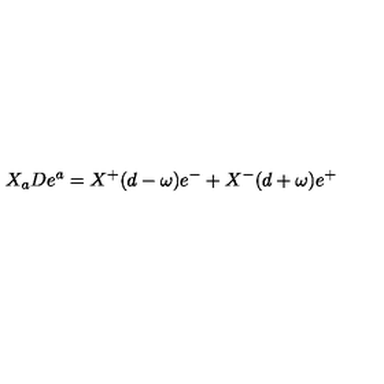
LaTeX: X _ { a } D e ^ { a } = X ^ { + } ( d - \omega ) e ^ { - } + X ^ { - } ( d + \omega ) e ^ { + }